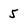
Character: 5